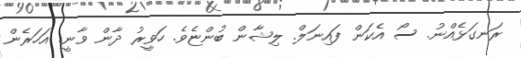
ރަނގަޅެއްނު. ސޯ އެކަން ފައިނަލް. ލިޝާން ބުންޏެވެ. ހަވީރު ދާން ވާނީ. އަހަރެން